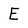
Character: E